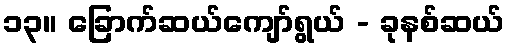
၁၃။ ခြောက်ဆယ်ကျော်ရွယ် - ခုနစ်ဆယ်